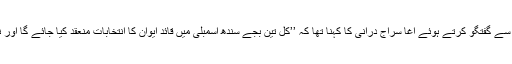
تفصیلات کے مطابق سندھ اسمبلی کے باہر میڈیا سے گفتگو کرتے ہوئے آغا سراج درانی کا کہنا تھا کہ ’’کل تین بجے سندھ اسمبلی میں قائد ایوان کا انتخابات منعقد کیا جائے گا اور نامزد امیدواران کی فہرست آویزاں کی جائے گی۔